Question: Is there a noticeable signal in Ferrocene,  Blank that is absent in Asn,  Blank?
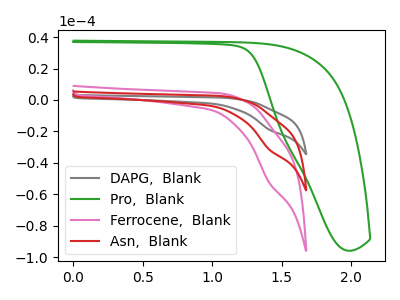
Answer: <think>The gray curve "DAPG,  Blank" has a cathodic peak at: (1.40V, -63.00uA). The green curve "Pro,  Blank" has no peaks. The pink curve "Ferrocene,  Blank" has a cathodic peak at: (1.40V, -52.55uA). The red curve "Asn,  Blank" has a cathodic peak at: (1.40V, -31.50uA).
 All the peaks in "Ferrocene,  Blank" have a peak in "Asn,  Blank" at the same potential. Every peak in "Ferrocene,  Blank" is higher than every peak in "Asn,  Blank".</think>
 <answer>No, "Ferrocene,  Blank" and "Asn,  Blank" don't appear to be significantly different in shape</answer>
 <eval>no_change</eval>